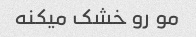
مو رو خشک میکنه